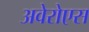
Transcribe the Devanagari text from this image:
अवेरोएस